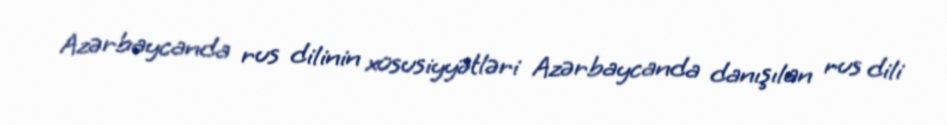
Azərbaycanda rus dilinin xüsusiyyətləri Azərbaycanda danışılan rus dili